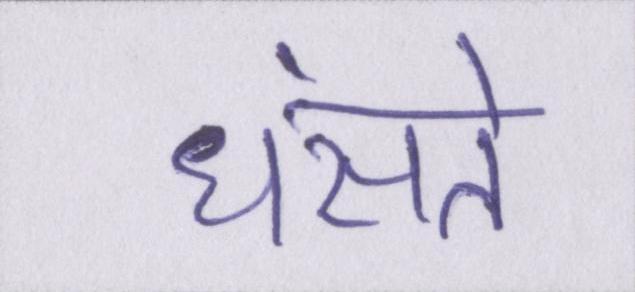
धंसते